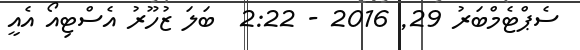
ސެޕްޓެމްބަރު 29